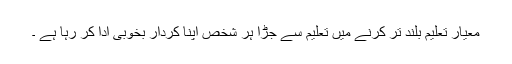
معیار تعلیم بلند تر کرنے میں تعلیم سے جڑا ہر شخص اپنا کردار بخوبی ادا کر رہا ہے ۔